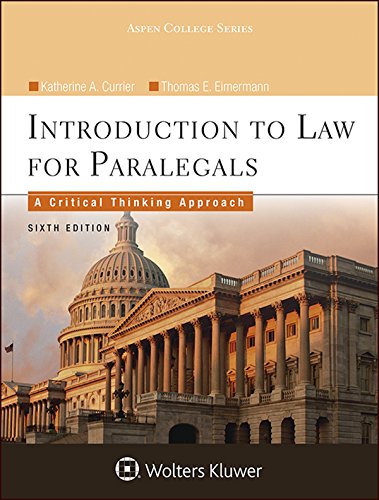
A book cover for Introduction To Law for Paralegals: A Critical Thinking Approach (Aspen College); Katherine A. Currier; Law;